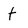
Character: t